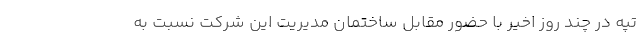
تپه در چند روز اخیر با حضور مقابل ساختمان مدیریت این شرکت نسبت به